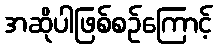
အဆိုပါဖြစ်စဉ်ကြောင့်